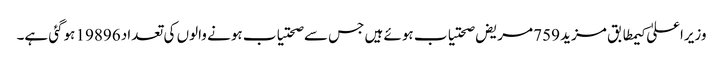
وزیراعلیٰ کیمطابق مزید 759 مریض صحتیاب ہوئے ہیں جس سے صحتیاب ہونے والوں کی تعداد 19896 ہوگئی ہے۔